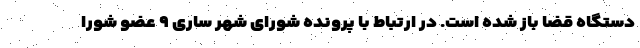
دستگاه قضا باز شده است. در ارتباط با پرونده شورای شهر ساری ۹ عضو شورا